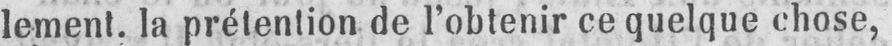
lement. la prétention de l’obtenir ce quelque chose,